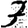
Digit: 3